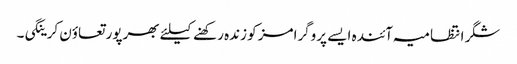
شگر انتظامیہ آئندہ ایسے پروگرامز کو زندہ رکھنے کیلئے بھرپور تعاؤن کرینگی۔